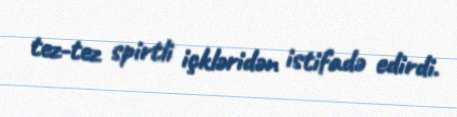
tez-tez spirtli içkləridən istifadə edirdi.